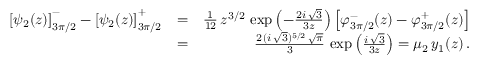
\begin{array} { r l r } { \left[ \psi _ { 2 } ( z ) \right] _ { 3 \pi / 2 } ^ { - } - \left[ \psi _ { 2 } ( z ) \right] _ { 3 \pi / 2 } ^ { + } } & { = } & { \frac { 1 } { 1 2 } \, z ^ { 3 / 2 } \, \exp \left( - \frac { 2 i \, \sqrt { 3 } } { 3 z } \right) \left[ \varphi _ { 3 \pi / 2 } ^ { - } ( z ) - \varphi _ { 3 \pi / 2 } ^ { + } ( z ) \right] } \\ & { = } & { \frac { 2 \, ( i \, \sqrt { 3 } ) ^ { 5 / 2 } \, \sqrt { \pi } } { 3 } \, \exp \left( \frac { i \, \sqrt { 3 } } { 3 z } \right) = \mu _ { 2 } \, y _ { 1 } ( z ) \, . } \end{array}